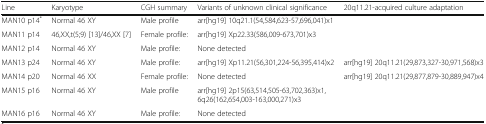
<table><thead><tr><td><b>Line</b></td><td><b>Karyotype</b></td><td><b>CGH summary</b></td><td><b>Variants of unknown clinical significance</b></td><td><b>20q11.21-acquired culture adaptation</b></td></tr></thead><tbody><tr><td>MAN10 p14<sup>*</sup></td><td>Normal 46 XY</td><td>Male profile</td><td>arr[hg19] 10q21.1(54,584,623-57,696,041)x1</td><td></td></tr><tr><td>MAN11 p14</td><td>46,XX,t(5;9) [13]/46,XX [7]</td><td>Female profile:</td><td>arr[hg19] Xp22.33(586,009-673,701)x3</td><td></td></tr><tr><td>MAN12 p14</td><td>Normal 46 XY</td><td>Male profile:</td><td>None detected</td><td></td></tr><tr><td>MAN13 p24</td><td>Normal 46 XY</td><td>Male profile:</td><td>arr[hg19] Xp11.21(56,301,224-56,395,414)x2</td><td>arr[hg19] 20q11.21(29,873,327-30,971,568)x3</td></tr><tr><td>MAN14 p20</td><td>Normal 46 XX</td><td>Female profile:</td><td>None detected</td><td>arr[hg19] 20q11.21(29,877,879-30,889,947)x4</td></tr><tr><td>MAN15 p16</td><td>Normal 46 XY</td><td>Male profile</td><td>arr[hg19] 2p15(63,514,505-63,702,363)x1, 6q26(162,654,003-163,000,271)x3</td><td></td></tr><tr><td>MAN16 p16</td><td>Normal 46 XY</td><td>Male profile:</td><td>None detected</td><td></td></tr></tbody></table>